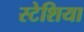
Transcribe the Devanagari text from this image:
स्टेशिया